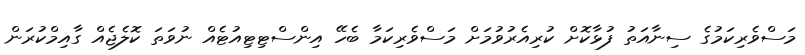
މަސްވެރިކަމުގެ ސިނާއަތު ފުޅާކޮށް ކުރިއެރުވުމަށް މަސްވެރިކަމާ ބެހޭ އިންސްޓިޓިއުޓެއް ނުވަތަ ކޮލެޖެއް ގާއިމްކުރަން